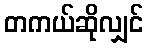
တကယ်ဆိုလျှင်